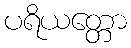
ပရိယတ္တော